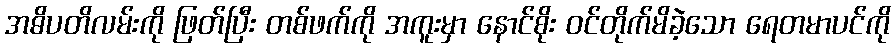
အဓိပတိလမ်းကို ဖြတ်ပြီး တစ်ဖက်ကို အကူးမှာ နောင်စိုး ဝင်တိုက်မိခဲ့သော ရေတမာပင်ကို